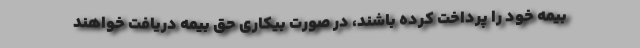
بیمه خود را پرداخت کرده باشند، در صورت بیکاری حق بیمه دریافت خواهند